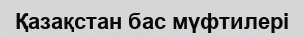
Қазақстан бас мүфтилері